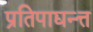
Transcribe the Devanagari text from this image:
प्रतिपाद्यन्त्त